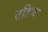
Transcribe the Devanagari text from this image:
तडिया